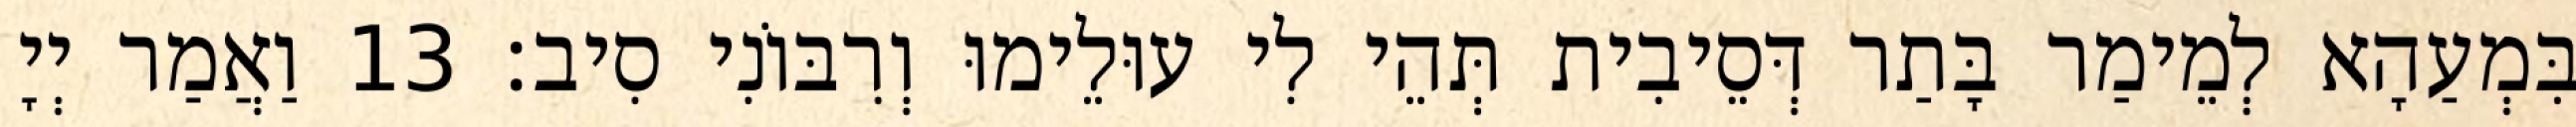
בִּמְעַהָא לְמֵימַר בָּתַר דְּסֵיבִית תְּהֵי לִי עוּלֵימוּ וְרִבּוֹנִי סִיב׃ 13 וַאֲמַר יְיָ